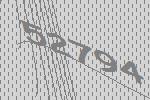
52794